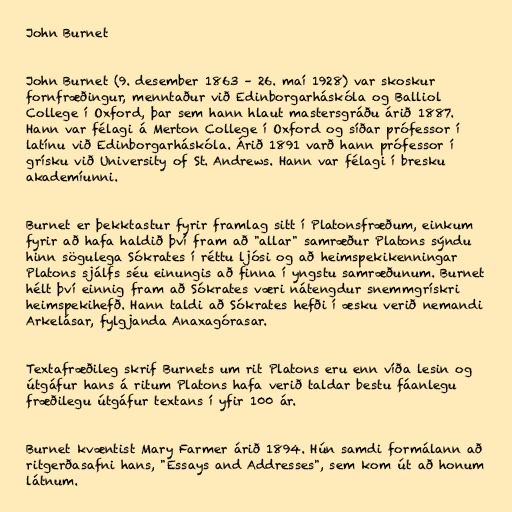
John Burnet

John Burnet (9. desember 1863 – 26. maí 1928) var skoskur
fornfræðingur, menntaður við Edinborgarháskóla og Balliol
College í Oxford, þar sem hann hlaut mastersgráðu árið 1887.
Hann var félagi á Merton College í Oxford og síðar prófessor í
latínu við Edinborgarháskóla. Árið 1891 varð hann prófessor í
grísku við University of St. Andrews. Hann var félagi í bresku
akademíunni.

Burnet er þekktastur fyrir framlag sitt í Platonsfræðum, einkum
fyrir að hafa haldið því fram að "allar" samræður Platons sýndu
hinn sögulega Sókrates í réttu ljósi og að heimspekikenningar
Platons sjálfs séu einungis að finna í yngstu samræðunum. Burnet
hélt því einnig fram að Sókrates væri nátengdur snemmgrískri
heimspekihefð. Hann taldi að Sókrates hefði í æsku verið nemandi
Arkelásar, fylgjanda Anaxagórasar.

Textafræðileg skrif Burnets um rit Platons eru enn víða lesin og
útgáfur hans á ritum Platons hafa verið taldar bestu fáanlegu
fræðilegu útgáfur textans í yfir 100 ár.

Burnet kvæntist Mary Farmer árið 1894. Hún samdi formálann að
ritgerðasafni hans, "Essays and Addresses", sem kom út að honum
látnum.